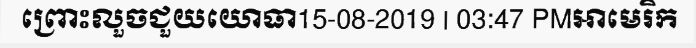
ព្រោះលួចជួយយោធា15-08-2019 | 03:47 PMអាមេរិក